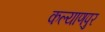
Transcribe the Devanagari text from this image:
कल्‍याणपुर